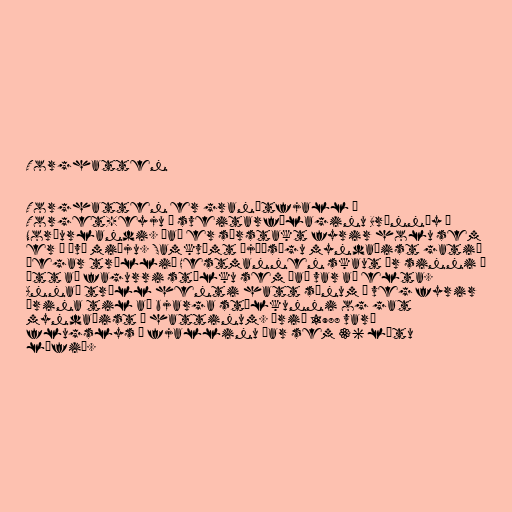
Torghatten

Torghatten er granítfjall á
Torget-eyju í sveitarfélaginu Brönnöy í
Norðurlandi. Það er sérstakt fyrir holu sem
er í því miðju. Samkvæmt þjóðsögu myndaðist gatið
þegar tröllið Hestmannen skaut ör sinni í
átt að fagurri stúlku sem það var að elta.
Annað tröll henti hatt sínum í veg fyrir
örina til að bjarga stúlkunni og gat
myndaðist í hattinum. Árið 1988 varð
flugslys í fjallinu þar sem 36 létu
lífið.